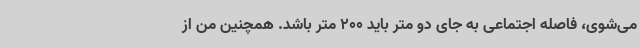
می‌شوی، فاصله اجتماعی به جای دو متر باید 200 متر باشد. همچنین من از